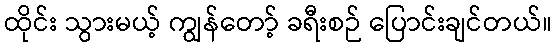
ထိုင်း သွားမယ့် ကျွန်တော့် ခရီးစဉ် ပြောင်းချင်တယ်။